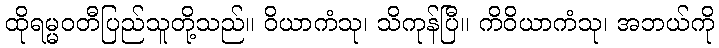
ထိုရမ္မဝတီပြည်သူတို့သည်။ ဝိယာကံသု၊ သိကုန်ပြီ။ ကိဝိယာကံသု၊ အဘယ်ကို